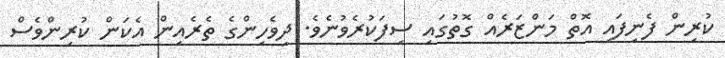
ކުރިން ފެނިފައި އޮތް މަންޒަރެއް ގޮތުގައި ސިފަކުރެވުނެވެ. ދިވެހިންގެ ތެރެއިން އެކަން ކުރިންވެސް